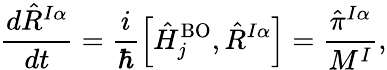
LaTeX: \frac{d\hat{R}^{I\alpha}}{dt}=\frac i{\hbar}\left[\hat{H}_{j}^{\mathrm{BO}},\hat{R}^{I\alpha}\right]=\frac{{\hat{\pi}^{I\alpha}}}{M^{I}},